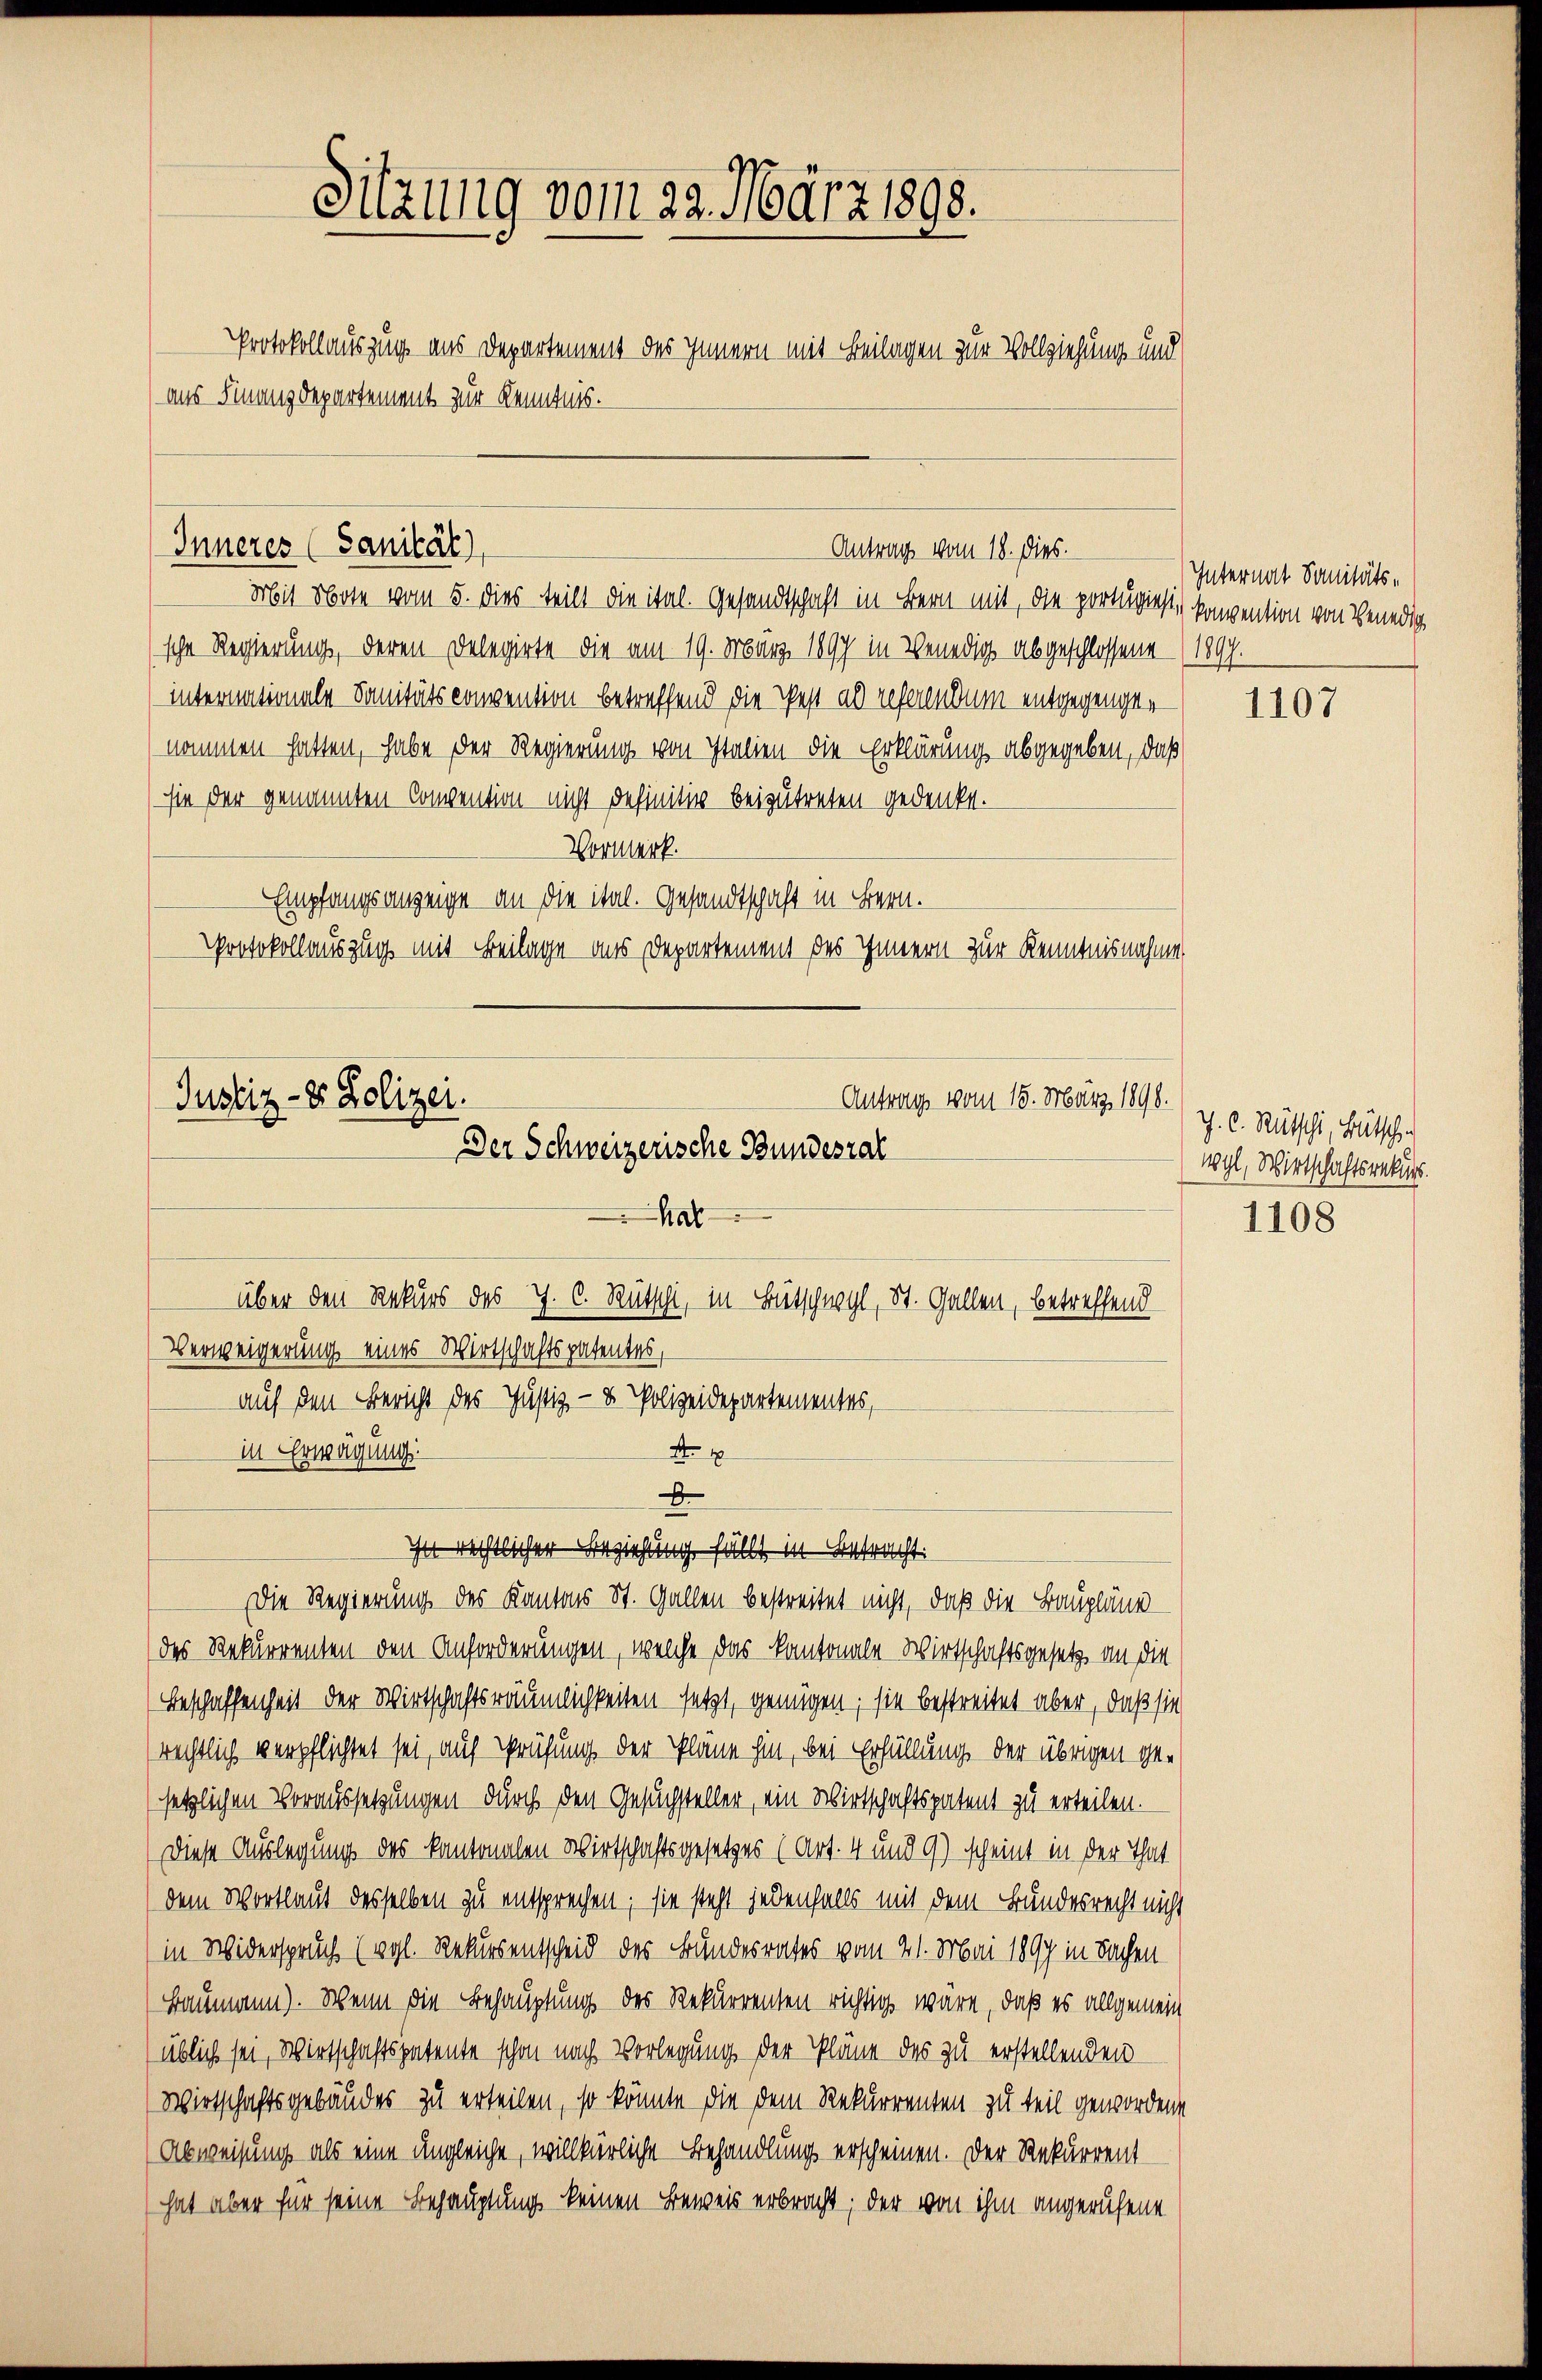
Sitzung vom 29. März 1898.
Protokollauszug aus Departement des Innern mit Beilagen zur Vollziehung und
(aus Finanzdepartement zur Kenntnis.

Inneres (Sanität),

Mit Note vom 5. dies teilt die ital. Gesandtschaft in Bern mit, die portugisis konvention von Benedig
sche Regierung, deren Delegirte die am 19. März 1897 in Benedig abgeschlossene (1897.
internationale Sanitätsconvention betreffend die Pest als referendum entgegengernommen hatten, habe der Regierung von Italien die Erklärung abgegeben, daß
sie der genannten Convention nicht definitiv beizutreten gedenkt.
Vormerk.
Empfangsanzeige an die ital. Gesandtschaft in Bern.
Protokollauszug mit Beilage aus Departement des Innern zur Kenntnisnahme

Antrags vom 15. März 1890.
Justiz- & Polizei.
Der Schweizerische Bundesrat
hab
über den Rekurs des J. C. Rütschi, in Bütschwyl, St. Gallen, betreffend
Verweigerung eines Wirtschaftspatentes,

Antrag vom 18. dies.

auf den Bericht des Justiz- & Polizeidepartementes,
A
in Erwägung:
x
in rechtlicher Beziehung fällt in Betracht:
Die Regierung des Kantons St. Gallen bestreitet nicht, daß die Baupläne
(des Rekurrenten den Anforderungen, welche das kantonale Wirtschaftsgesetz an die
Beschaffenheit der Wirtschaftsräumlichkeiten setzt, genügen; sie bestreitet aber, daß sie
rechtlich verpflichtet sei, auf Prüfung der Pläne hin, bei Erfüllung der übrigen gesetzlichen Voraussetzungen durch den Gesuchsteller, ein Wirtschaftspatent zu erteilen.
Diese Auslegung des kantonalen Wirtschaftsgesetzes (Art. 4 und 9) scheint in der That
(dem Wortlaut desselben zu entsprechen; sie steht jedenfalls mit dem Bundesrecht nicht
in Widerspruch (vgl. Rekursentscheid des Bundesrathes vom 21. Mai 1897 in Sachen
Baumann). Wenn die Behauptung des Rekurrenten richtig wäre, daß es allgemein
üblich sei, Wirtschaftspatente schon nach Vorlegung der Pläne des zu erstellenden
Wirtschaftsgebäudes zu erteilen, so könnte die dem Rekurrenten zu teil gewordene
Abweisung als eine ungleiche, willkürliche Behandlung erscheinen. Der Rekurrent
hat aber für seine Behauptung keinen Beweis erbracht; der von ihm angerufene

Internat Sanitäts-

1107

J. C. Rutschi, Bütschen
wyl, Wirtschaftsrekurs.

1108